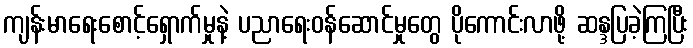
ကျန်းမာရေးစောင့်ရှောက်မှုနဲ့ ပညာရေးဝန်ဆောင်မှုတွေ ပိုကောင်းလာဖို့ ဆန္ဒပြခဲ့ကြပြီး